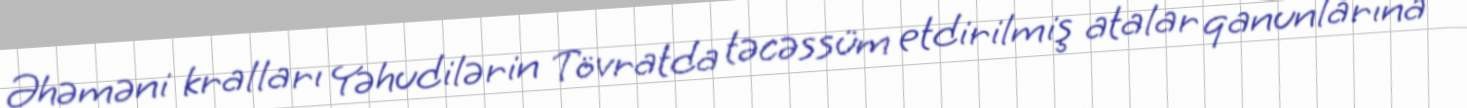
Əhəməni kralları Yəhudilərin Tövratda təcəssüm etdirilmiş atalar qanunlarına